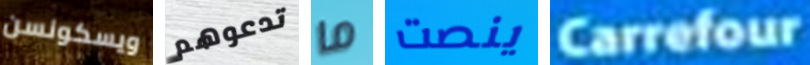
ويسكونسن تدعوهم ما ينصت Carrefour